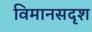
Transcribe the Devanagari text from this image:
विमानसदृश